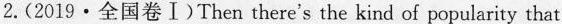
2.(2019·全国卷Ⅰ)Then there's the kind of popularity that